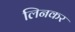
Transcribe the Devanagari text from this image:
लिनकर